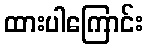
ထားပါကြောင်း